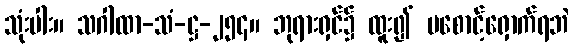
သုံးပါး။ သဂါထာ-သံ-ဋ္ဌ-၂၅၄။ ဘုရားရှင်၌ ထူး၍ မစောင့်ရှောက်ရဘဲ